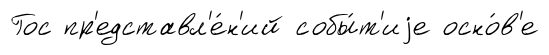
Гос пр'едставл'е́н'ий собы́т'иjе осно́в'е